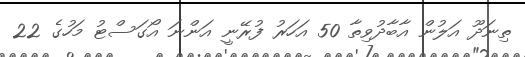
ތިނަދޫ އަލުން އާބާދުވިތާ 50 އަހަރު ފުރޭނީ އަންނަ އޯގަސްޓު މަހުގެ 22